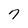
Character: 7